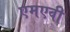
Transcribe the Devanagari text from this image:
एमएवी